Civil Veterinary Dept. Assam report 1927-50 - 1927-1950
Year: 1927
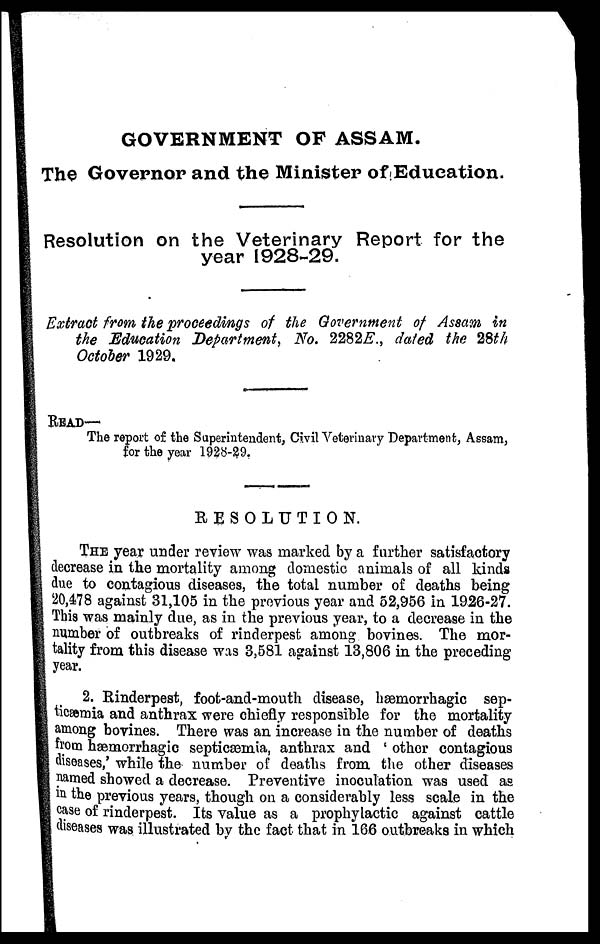
GOVERNMENT OF ASSAM.
The Governor and the Minister of Education.
Resolution on the Veterinary Report for the
year 1928-29.
Extract from the proceedings of the Government of Assam in
the Education Department, No. 2282E., dated the 28th
October 1929.
READ—
The report of the Superintendent, Civil Veterinary Department, Assam,
for the year 1928-29.
RESOLUTION.
THE year under review was marked by a further satisfactory
decrease in the mortality among domestic animals of all kinds
due to contagious diseases, the total number of deaths being
20,478 against 31,105 in the previous year and 52,956 in 1926-27.
This was mainly due, as in the previous year, to a decrease in the
number of outbreaks of rinderpest among bovines. The mor-
tality from this disease was 3,581 against 13,806 in the preceding
year.
2. Rinderpest, foot-and-mouth disease, hæmorrhagic sep-
ticæmia and anthrax were chiefly responsible for the mortality
among bovines. There was an increase in the number of deaths
from hæmorrhagic septicæmia, anthrax and ' other contagious
diseases,' while the number of deaths from the other diseases
named showed a decrease. Preventive inoculation was used as
in the previous years, though on a considerably less scale in the
case of rinderpest. Its value as a prophylactic against cattle
diseases was illustrated by the fact that in 166 outbreaks in which